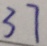
3 7